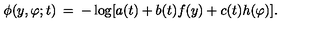
\phi ( y , \varphi ; t ) \: = \: - \log [ a ( t ) + b ( t ) f ( y ) + c ( t ) h ( \varphi ) ] .